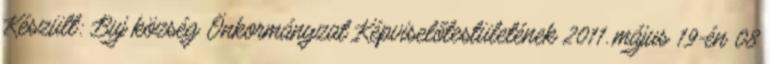
Készült: Buj község Önkormányzat Képviselőtestületének 2011. május 19-én 08